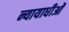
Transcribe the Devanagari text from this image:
न्यायाधीओं